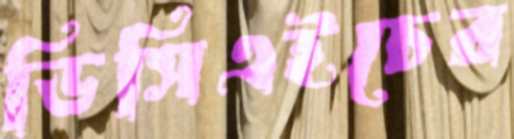
ডিসিএইচের